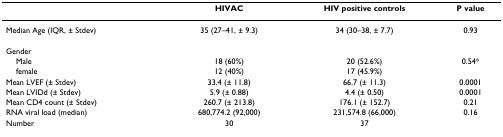
<table><thead><tr><td></td><td><b>HIVAC</b></td><td><b>HIV positive controls</b></td><td><b>P value</b></td></tr></thead><tbody><tr><td>Median Age (IQR, ± Stdev)</td><td>35 (27–41, ± 9.3)</td><td>34 (30–38, ± 7.7)</td><td>0.93</td></tr><tr><td>Gender</td><td></td><td></td><td></td></tr><tr><td> Male</td><td>18 (60%)</td><td>20 (52.6%)</td><td>0.54*</td></tr><tr><td> female</td><td>12 (40%)</td><td>17 (45.9%)</td><td></td></tr><tr><td>Mean LVEF (± Stdev)</td><td>33.4 (± 11.8)</td><td>66.7 (± 11.3)</td><td>0.0001</td></tr><tr><td>Mean LVIDd (± Stdev)</td><td>5.9 (± 0.88)</td><td>4.4 (± 0.50)</td><td>0.0001</td></tr><tr><td>Mean CD4 count (± Stdev)</td><td>260.7 (± 213.8)</td><td>176.1 (± 152.7)</td><td>0.21</td></tr><tr><td>RNA viral load (median)</td><td>680,774.2 (92,000)</td><td>231,574.8 (66,000)</td><td>0.16</td></tr><tr><td>Number</td><td>30</td><td>37</td><td></td></tr></tbody></table>